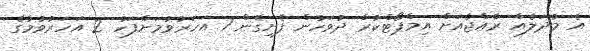
އެ މުދަލެއް ރާއްޖެއަށް އިމްޕޯޓްކުރާ ދުވަހުން ފެށިގެން 1 އަހަރުވުމަށްފަހު 2 އަހަރުވުމުގެ